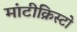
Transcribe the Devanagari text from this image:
मांटीक्रिस्टो